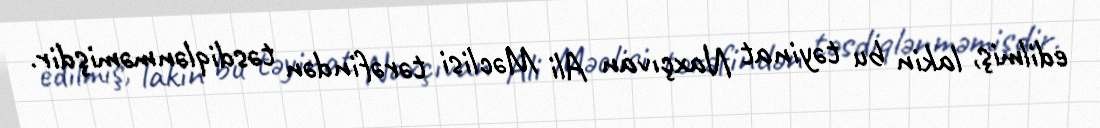
edilmiş, lakin bu təyinat Naxçıvan Ali Məclisi tərəfindən təsdiqlənməmişdir.